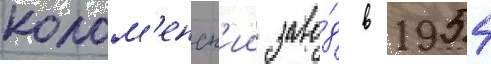
колом'енск'ии заво́д в 1954